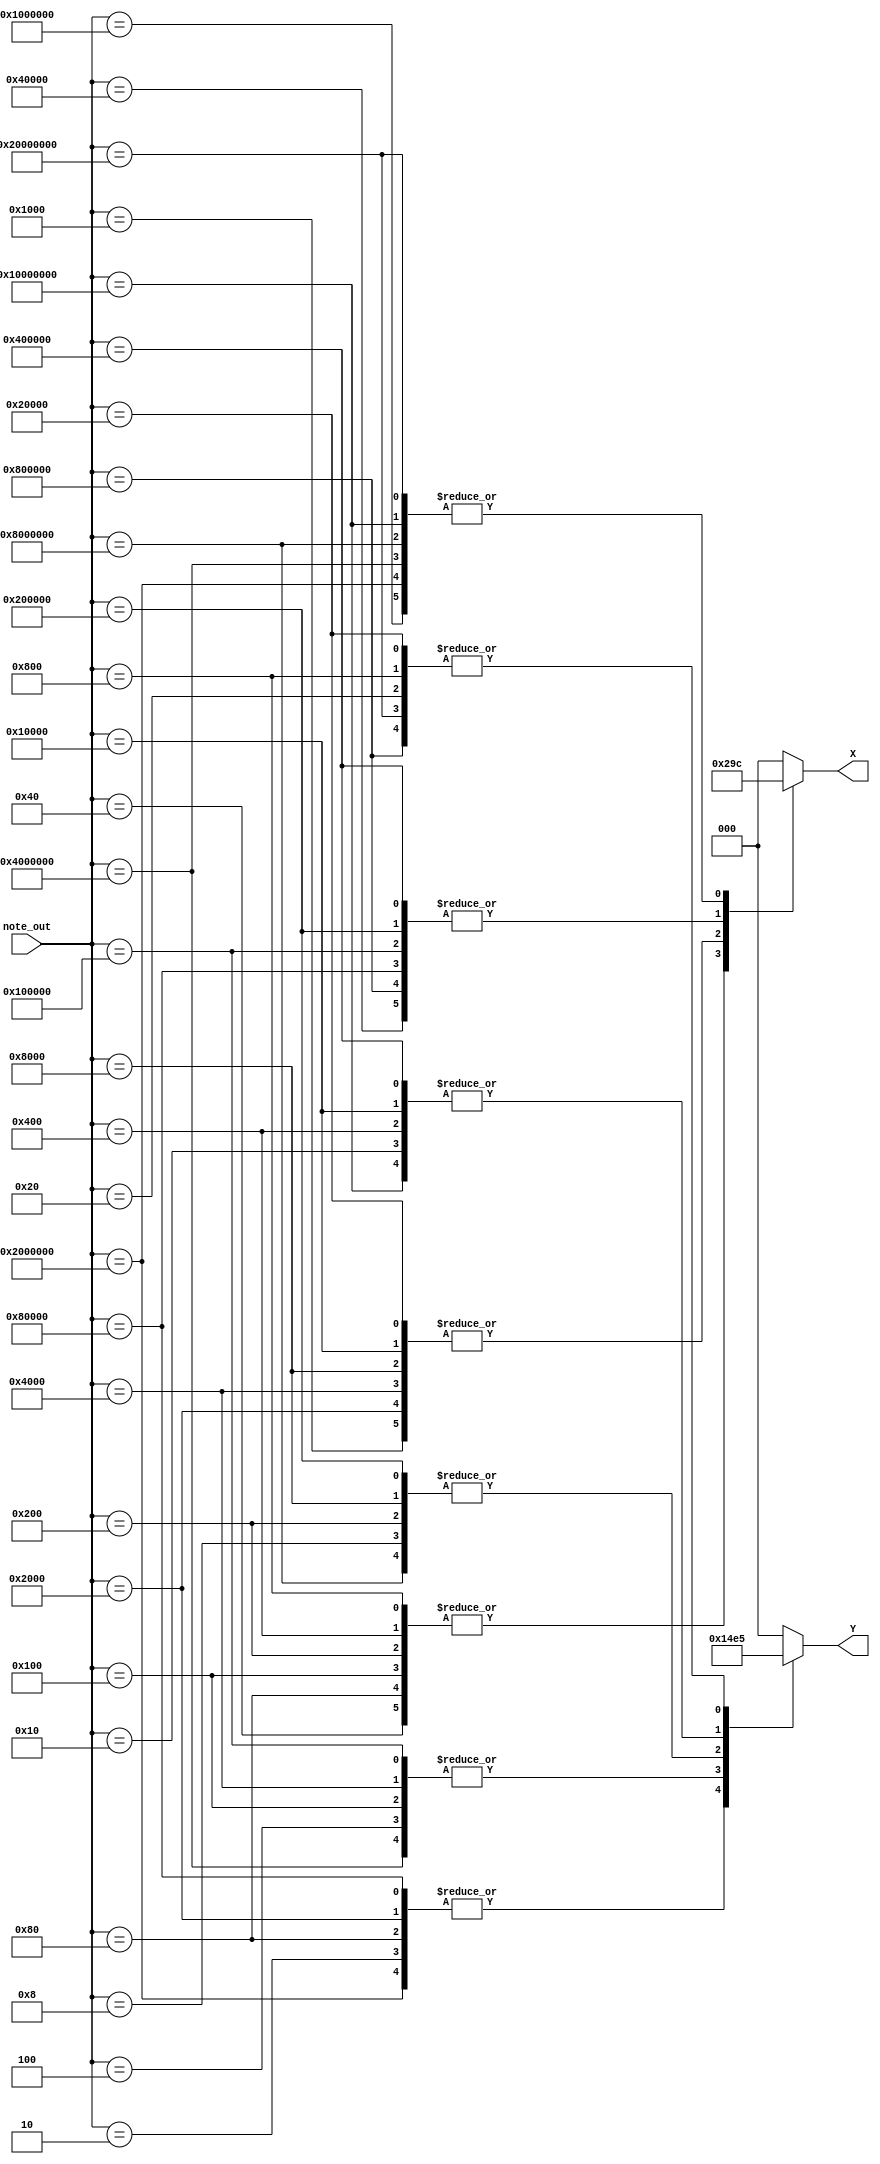
module Note_out_to_coord(note_out,X,Y);
	input [31:0] note_out; //note_out singal from datapath
	output reg[2:0] X; // metal bars
	output reg[2:0] Y;
	
	always @(*)
begin
	case(note_out)
		32'd1: begin
		       X = 3'd0; 
		       Y = 3'd0;
				 end 
		32'd2: begin
		       X = 3'd0; 
		       Y = 3'd1;
				 end 
		32'd4: begin
		       X = 3'd0; 
		       Y = 3'd2;
				 end 
		32'd8: begin
		       X = 3'd0; 
		       Y = 3'd3;
				 end 
		32'd16: begin
		       X = 3'd0; 
		       Y = 3'd4;
				 end  
		32'd32: begin
		       X = 3'd0;
				 Y=3'd5;
				 end 
///////////////////		
		32'd64: begin
		       X = 3'd1; 
				 Y=3'd0; 
				 end
		32'd128: begin
		        X = 3'd1;
				  Y=3'd1; 
				  end
		32'd256: begin
		         X = 3'd1;
					Y=3'd2;
				   end	
		32'd512: begin
					X = 3'd1; 
					Y=3'd3;
					end 
		32'd1024: begin
					X = 3'd1;
					Y=3'd4;
					end 
		32'd2048: begin
					X = 3'd1;
					Y=3'd5; 
					end
////////////////////		
		32'd4096:begin 
					X = 3'd2; 
					Y=3'd0;
					end
		32'd8192:begin 
					X = 3'd2; 
					Y=3'd1;
					end 
		32'd16384:begin 
					X = 3'd2; 
					Y=3'd2;
					end 
		32'd32768:begin 
					X = 3'd2;
					Y=3'd3;
					end 
		32'd65536:begin
					X = 3'd2; 
					Y=3'd4;
					end 
		32'd131072:begin 
					X = 3'd2; 
					Y=3'd5;
					end 
/////////////////////		
		32'd262144:begin 
					X = 3'd3;
					Y=3'd0;
					end 
		32'd524288:begin 
					X = 3'd3; 
					Y=3'd1;
					end 
		32'd1048576:begin
					X = 3'd3; 
					Y=3'd2;
					end 
		32'd2097152:begin
					X = 3'd3;
					Y=3'd3; 
					end
		32'd4194304:begin 
					X = 3'd3;
					Y=3'd4;
					end
		32'd8388608:begin
					X = 3'd3;
					Y=3'd5;
					end
//////////////////////		
		32'd16777216:begin
					X = 3'd4;
					Y=3'd0;
					end 
		32'd33554432:begin
					X = 3'd4;
					Y=3'd1;
					end 
		32'd67108864:begin
					X = 3'd4;
					Y=3'd2;
					end 
		32'd134217728:begin
					X = 3'd4;
					Y=3'd3;
					end 
		32'd268435456:begin
					X = 3'd4;
					Y=3'd4;
					end 
		32'd536870912:begin
					X = 3'd4;
					Y=3'd5;
					end
		
	default:begin
					X = 3'd0;
					Y=3'd0;
				end	
	endcase
end
	
	endmodule